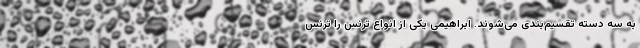
به سه دسته تقسیم‌بندی می‌شوند. ابراهیمی یکی از انواع ترنس را ترنس